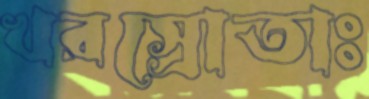
খরস্রোতাঃ